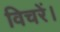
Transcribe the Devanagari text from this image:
विचरें।